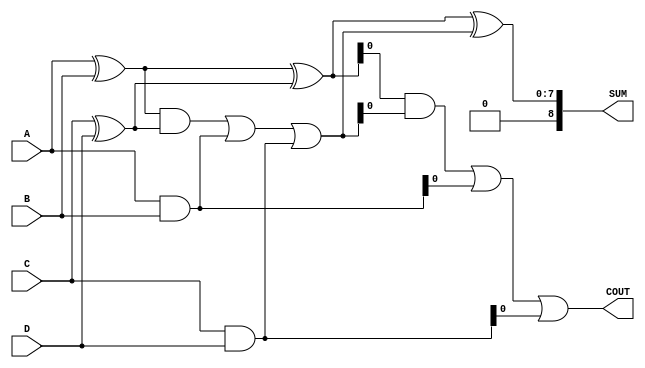
module carry_save_adder (
    input [N-1:0] A, // First operand
    input [N-1:0] B, // Second operand
    input [N-1:0] C, // Third operand
    input [N-1:0] D, // Fourth operand (optional, can be extended)
    output [N:0] SUM, // Final sum output
    output COUT // Final carry output
);
    parameter N = 8; // Bit-width of operands

    // Intermediate sums and carries
    wire [N-1:0] sum1, sum2, sum3;
    wire [N-1:0] carry1, carry2, carry3;

    // Stage 1: Pairwise addition using half adders and full adders
    // First pair: A + B
    assign sum1 = A ^ B; // Sum of A and B
    assign carry1 = A & B; // Carry of A and B

    // Second pair: C + D
    assign sum2 = C ^ D; // Sum of C and D
    assign carry2 = C & D; // Carry of C and D

    // Combine results from the first stage
    assign sum3 = sum1 ^ sum2; // Sum of previous sums
    assign carry3 = (sum1 & sum2) | carry1 | carry2; // Carry from previous sums

    // Final stage: Combine the last set of sums and carries
    assign SUM = sum3 ^ carry3; // Final sum
    assign COUT = (sum3 & carry3) | carry1 | carry2; // Final carry out

endmodule